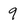
Character: 9